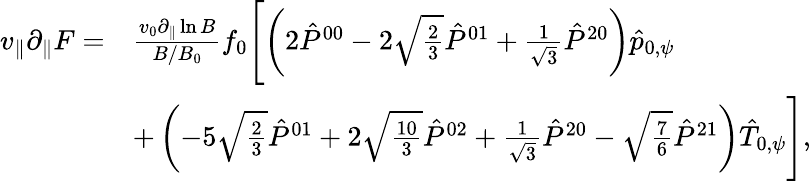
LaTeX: \begin{array}{rl}{v_{\| }\partial_{\| }F=}&{\frac{v_{0}\partial_{\| }\ln B}{B/B_{0}}f_{0}\Biggl[\left(2\hat{P}^{00}-2\sqrt{\frac{2}{3}}\hat{P}^{01}+\frac{1}{\sqrt{3}}\hat{P}^{20}\right)\hat{p}_{0,\psi}}\\ &{+\left(-5\sqrt{\frac{2}{3}}\hat{P}^{01}+2\sqrt{\frac{10}{3}}\hat{P}^{02}+\frac{1}{\sqrt{3}}\hat{P}^{20}-\sqrt{\frac{7}{6}}\hat{P}^{21}\right)\hat{T}_{0,\psi}\Biggr],}\end{array}